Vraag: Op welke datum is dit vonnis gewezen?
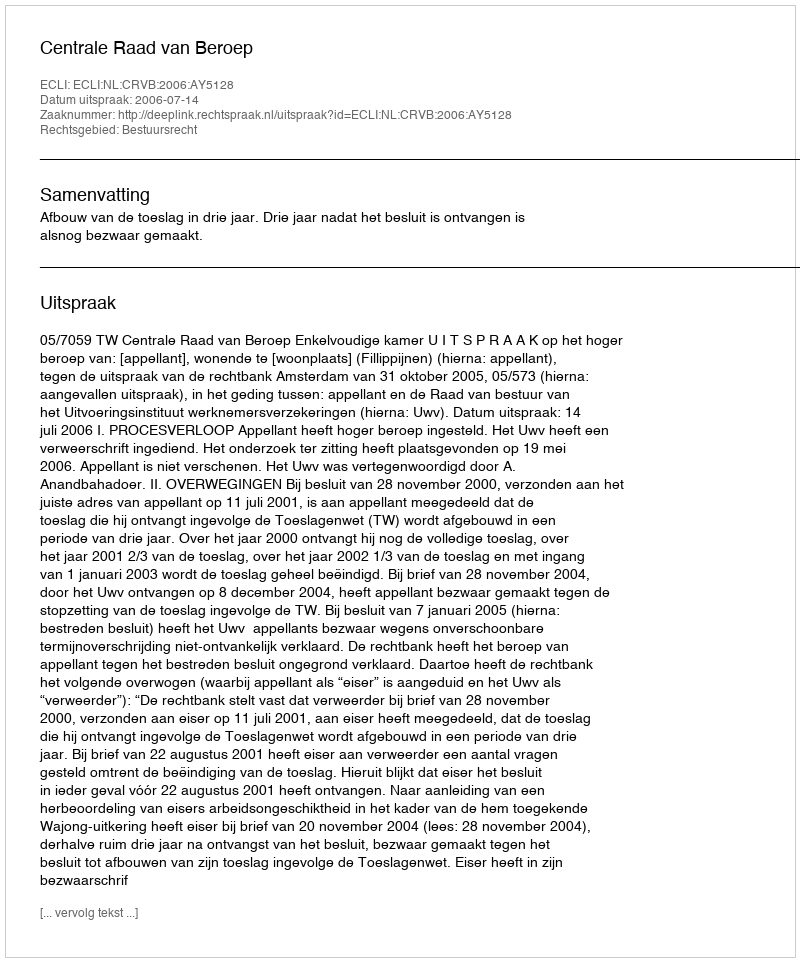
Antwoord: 2006-07-14